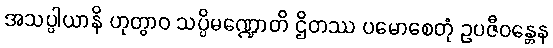
အသပ္ပါယာနိ ဟုတွာဝ သပ္ပိမဏ္ဍောတိ ဌိတဿ ပမောစေတုံ ဥပဇီဝန္တေန